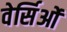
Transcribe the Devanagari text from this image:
वेर्सिओं